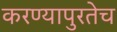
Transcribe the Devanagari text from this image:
करण्यापुरतेच